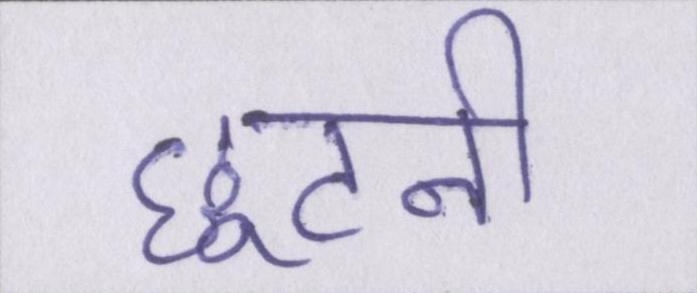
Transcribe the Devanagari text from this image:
छूटनी